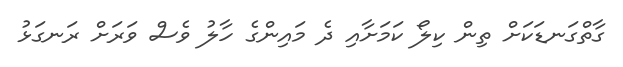
ގާތްގަނޑަކަށް ތިން ކިލޯ ކަމަށާއި ދެ މައިންގެ ހާލު ވެސް ވަރަށް ރަނގަޅު